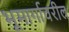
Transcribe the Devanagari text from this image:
भूमार्गावरील